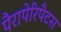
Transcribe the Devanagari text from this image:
पैरापेरिपैटस